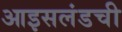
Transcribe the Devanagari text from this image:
आइसलंडची